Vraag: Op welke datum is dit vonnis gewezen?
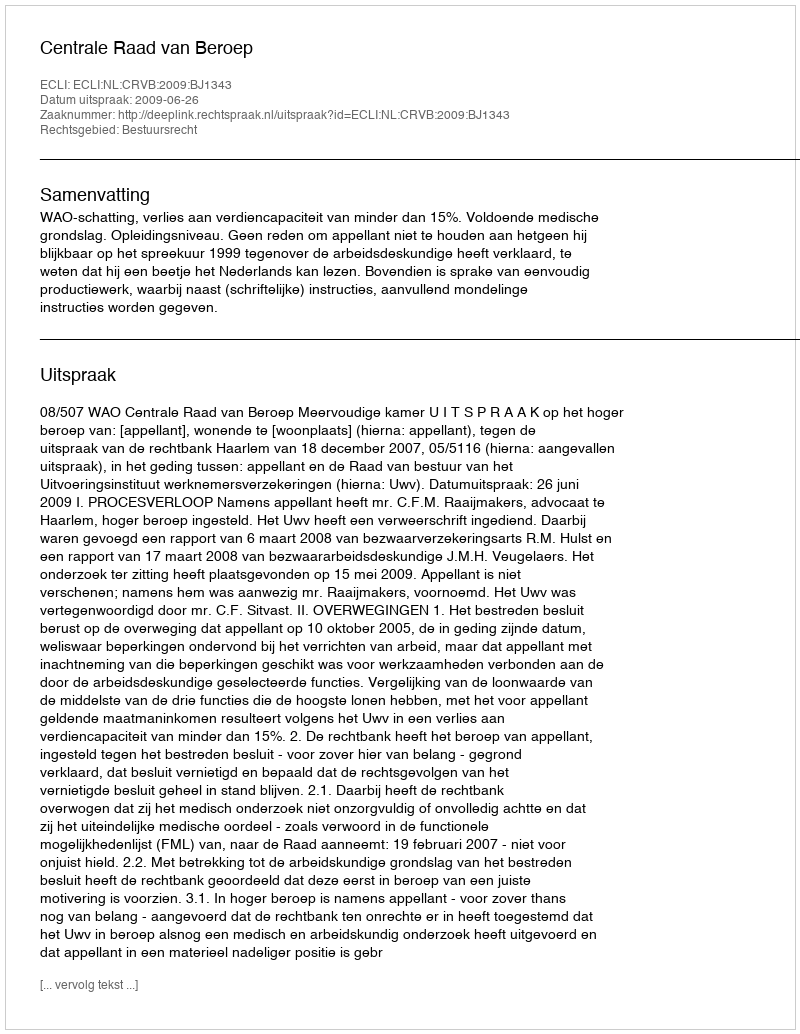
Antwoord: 2009-06-26